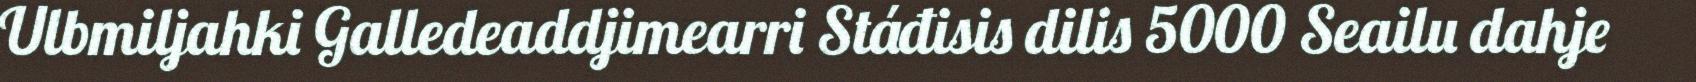
Ulbmiljahki Galledeaddjimearri Stáđisis dilis 5000 Seailu dahje